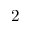
2